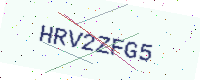
Text: HRV2ZFG5